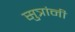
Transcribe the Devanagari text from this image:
सुत्रांनी